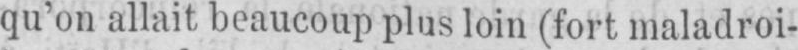
qu’on allait beaucoup plus loin (fort maladroi-